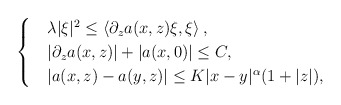
\begin{align*}\begin{cases}&\lambda|\xi|^2\leq \left\langle \partial_za(x,z)\xi,\xi\right\rangle,\\&|\partial_za(x,z)|+|a(x,0)|\leq C,\\&|a(x,z)-a(y,z)|\leq K|x-y|^\alpha(1+|z|),\end{cases}\end{align*}